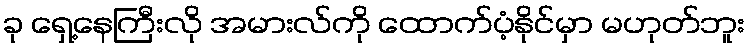
ခု ရှေ့နေကြီးလို အမားလ်ကို ထောက်ပံ့နိုင်မှာ မဟုတ်ဘူး